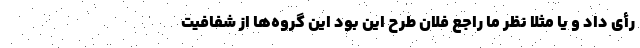
رأی داد و یا مثلا نظر ما راجع فلان طرح این بود این گروه‌ها از شفافیت